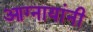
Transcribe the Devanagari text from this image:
आग्नायांनी